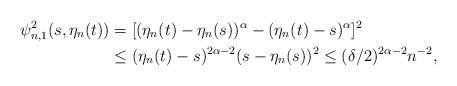
LaTeX: \begin{align*} \psi^2_{n,1}(s,\eta_n(t))& =[(\eta_n(t)- \eta_n(s))^\alpha- (\eta_n(t)-s)^\alpha]^2 \\ & \le (\eta_n(t)-s)^{2\alpha-2} (s- \eta_n(s))^2 \le( \delta/2) ^{2\alpha-2} n^{ -2}, \end{align*}